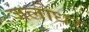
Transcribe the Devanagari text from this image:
जलोधर